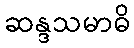
ဆန္ဒသမာဓိ